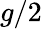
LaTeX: g/2